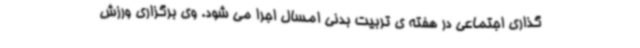
گذاری اجتماعی در هفته ی تربیت بدنی امسال اجرا می شود. وی برگزاری ورزش